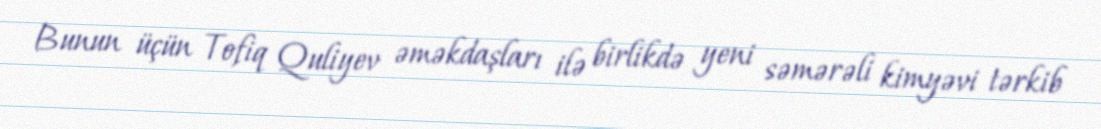
Bunun üçün Tofiq Quliyev əməkdaşları ilə birlikdə yeni səmərəli kimyəvi tərkib